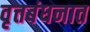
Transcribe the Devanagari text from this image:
वृत्तबंधनात